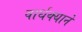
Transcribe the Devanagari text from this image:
वार्धक्याने